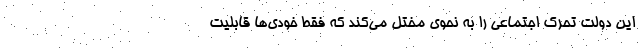
این دولت تحرک اجتماعی را به ‌نحوی مختل می‌کند که فقط خودی‌ها قابلیت